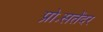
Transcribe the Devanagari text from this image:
प्रो॰सतेंदर